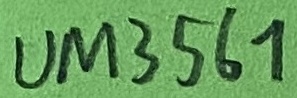
Text: UM3651